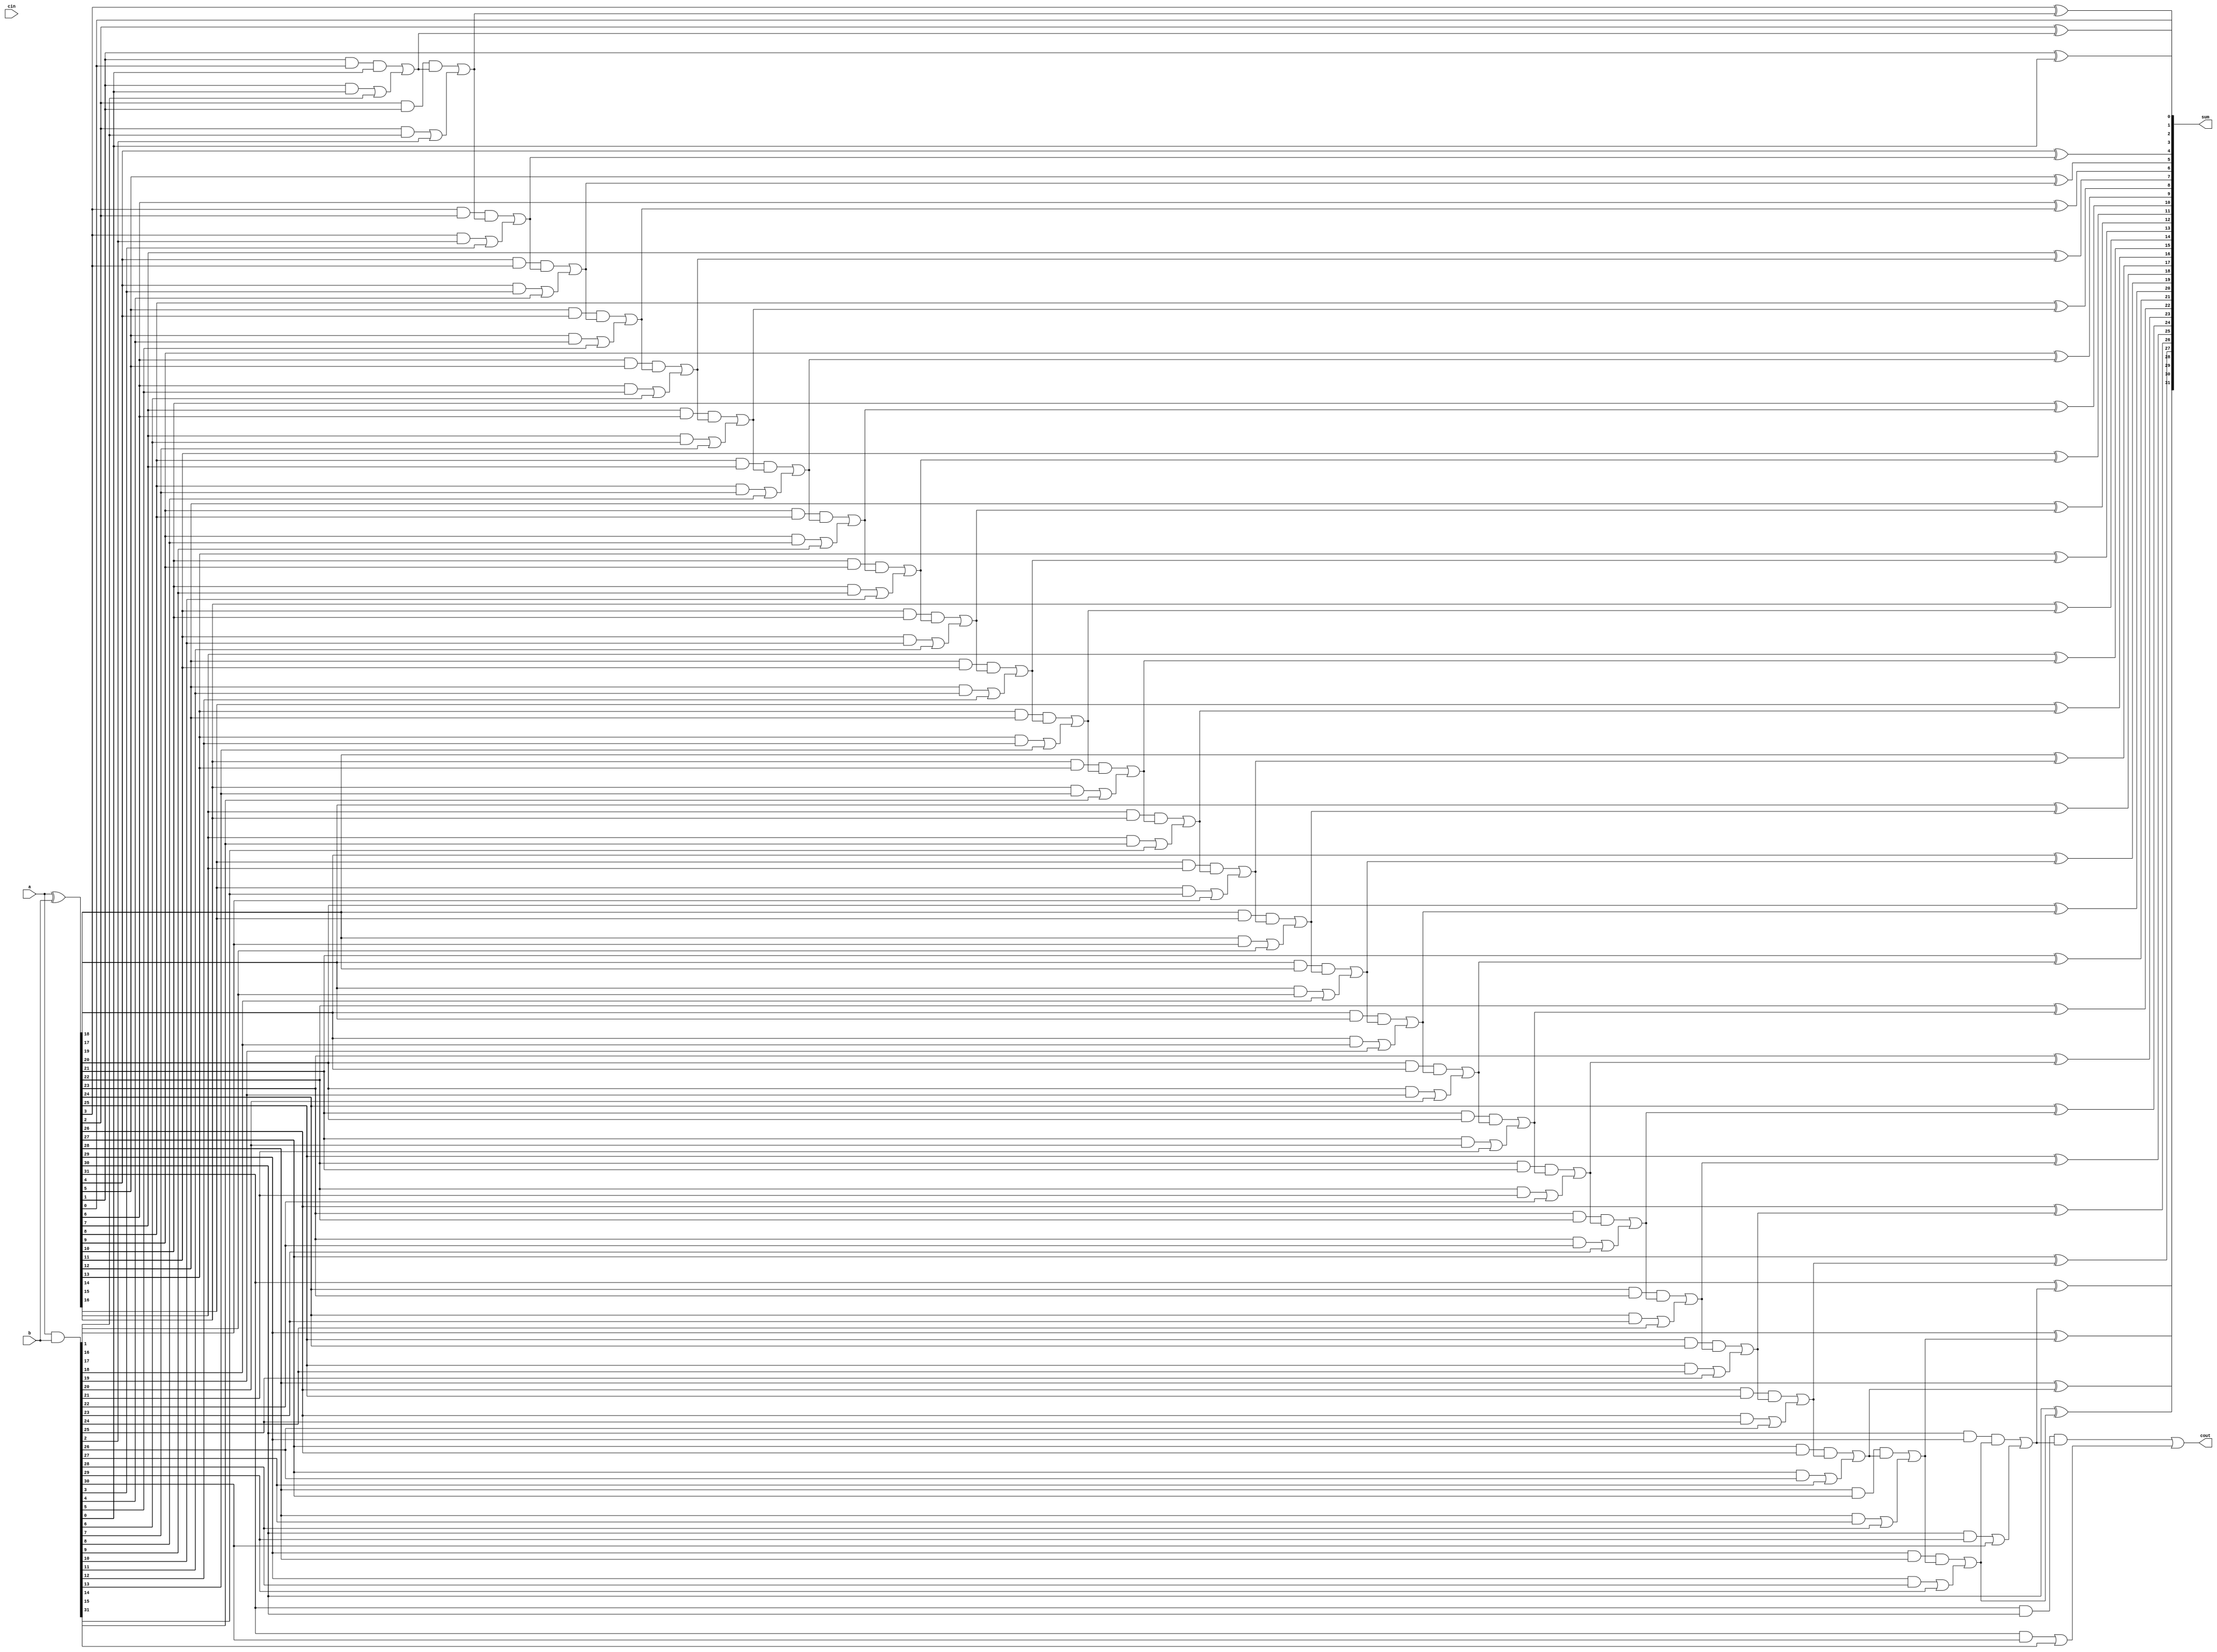
// -----------------------------------------------------------------------------
// title          : AL4S3B Example Fabric Register Module
// project        : Tamar2 Device
// -----------------------------------------------------------------------------
// company        : QuickLogic Corp
// last update    : 2019/01/18
// platform       : ArcticLink 4 S3B
// standard       : Verilog 2001
// -----------------------------------------------------------------------------
// description: Kogg stone adder implementation.
// -----------------------------------------------------------------------------
// copyright (c) 2019
// -----------------------------------------------------------------------------
// revisions  :
// date            version    author         description
// 2019/01/18      1.0        Anand A Wadke  Initial Release
//
// -----------------------------------------------------------------------------
// Comments: This solution is specifically for use with the QuickLogic
//           AL4S3B device. 
// -----------------------------------------------------------------------------
//
module ksa32 (a,b,cin,sum,cout);

input [31:0] a,b;
input cin;
output [31:0] sum;
output cout; 

wire [31:0] b_w;

wire [31:0] p,g,c;
wire [31:0] cp1,cg1, c_gen,s_gen;



assign b_w = b;

assign p = a ^ b_w;
assign g = a & b_w;


assign cp1[0] = p[0];
assign cg1[0] = g[0];

assign c_gen[0] = g[0];
assign s_gen[0] = p[0];



genvar cp_idx; 
generate 
for( cp_idx=1; cp_idx<32; cp_idx=cp_idx+1 ) 
begin  
assign cp1[cp_idx] = (p[cp_idx] & p[cp_idx-1]); 

assign cg1[cp_idx] = ((p[cp_idx] & g[cp_idx-1]) | g[cp_idx]);


assign c_gen[cp_idx] = (cp1[cp_idx] & c_gen[cp_idx-1]) | cg1[cp_idx]; 


assign s_gen[cp_idx] = p[cp_idx] ^ c_gen[cp_idx-1]; 



end 
endgenerate


assign cout = c_gen[31];
assign sum  = s_gen;

endmodule